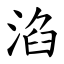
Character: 淊